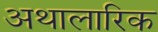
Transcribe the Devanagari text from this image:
अथालारिक